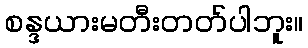
စန္ဒယားမတီးတတ်ပါဘူး။